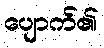
ပျောက်၏